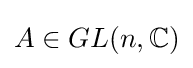
A\in GL(n,\mathbb {C} )